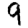
Digit: 9